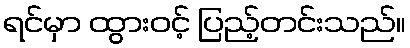
ရင်မှာ ထွားဝင့် ပြည့်တင်းသည်။